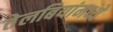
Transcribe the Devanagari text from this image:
तेलबियांमध्ये